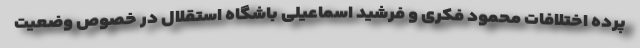
پرده اختلافات محمود فکری و فرشید اسماعیلی باشگاه استقلال در خصوص وضعیت